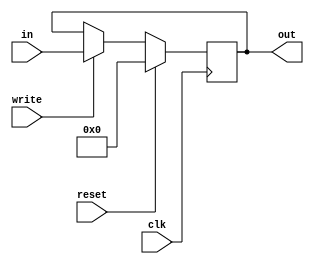
`timescale 1ns / 1ps
//////////////////////////////////////////////////////////////////////////////////
// Company: 
// Engineer: 
// 
// Design Name: 
// Module Name:    Register 
// Project Name: 
// Target Devices: 
// Tool versions: 
// Description: 
//
// Dependencies: 
//
// Revision: 
// Revision 0.01 - File Created
// Additional Comments: 
//
//////////////////////////////////////////////////////////////////////////////////
module Register(in,out,write,reset,clk);
	parameter DATA_WIDTH = 32;
	
	input [DATA_WIDTH-1:0] in;
	input write,reset,clk;
	output [DATA_WIDTH-1:0] out;
	
	reg [DATA_WIDTH-1:0] contents;
	
	assign out = contents;
	
	always @ (posedge clk) begin
		if(reset) begin
			contents <= 32'd0;
			end
		else if(write) begin
			contents <= in;
			end
		end
endmodule